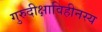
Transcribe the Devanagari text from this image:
गुरुदीक्षाविहीनस्य